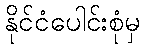
နိုင်ငံပေါင်းစုံမှ